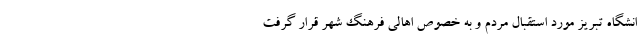
انشگاه تبریز مورد استقبال مردم و به خصوص اهالی فرهنگ شهر قرار گرفت